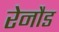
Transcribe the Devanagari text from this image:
रेनौड